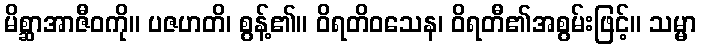
မိစ္ဆာအာဇီဝကို။ ပဇဟတိ၊ စွန့်၏။ ဝိရတိဝသေန၊ ဝိရတီ၏အစွမ်းဖြင့်။ သမ္မာ